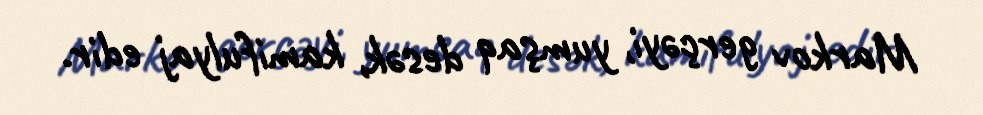
Markov gerçəyi, yumşaq desək, kamifulyaj edir.